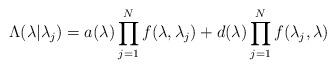
LaTeX: \begin{align*} \Lambda(\lambda|{\lambda_j}) = a(\lambda) \prod_{j=1}^N f(\lambda,\lambda_j) + d(\lambda) \prod_{j=1}^N f(\lambda_j,\lambda)\end{align*}